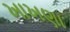
ખાખણા